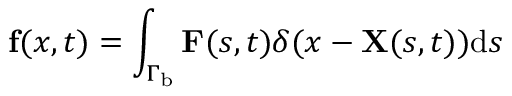
{ \bf { f } } ( x , t ) = \int _ { { \Gamma _ { \mathrm { { b } } } } } { \bf { F } } ( s , t ) \delta ( x - { \bf { X } } ( s , t ) ) \mathrm { { d } } s